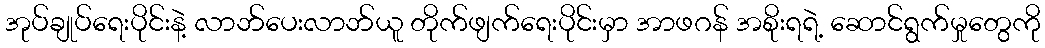
အုပ်ချုပ်ရေးပိုင်းနဲ့ လာဘ်ပေးလာဘ်ယူ တိုက်ဖျက်ရေးပိုင်းမှာ အာဖဂန် အစိုးရရဲ့ ဆောင်ရွက်မှုတွေကို